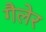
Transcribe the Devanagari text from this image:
गैलेर